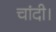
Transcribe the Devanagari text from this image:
चांदी।